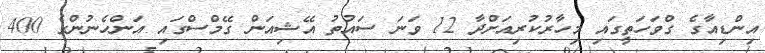
އިންޑިއާގެ ގްވަހަތީގައި މިހާރުކުރިއަށްދާ 12 ވަނަ ސައުތު އޭޝިއަން ގޭމްސްގައި އަންހެނުންގެ 400